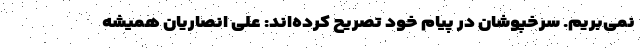
نمی‌بریم. سرخپوشان در پیام خود تصریح کرده‌اند: علی انصاریان همیشه